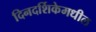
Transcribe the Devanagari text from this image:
दिनदर्शिकेमधील